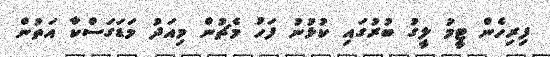
ފިރިހެން ޓީމު ލީގު ބުރުގައި ކުޅުނު ފަހު މެޗުން މިއަދު މަޑަގަސްކާ އަތުން